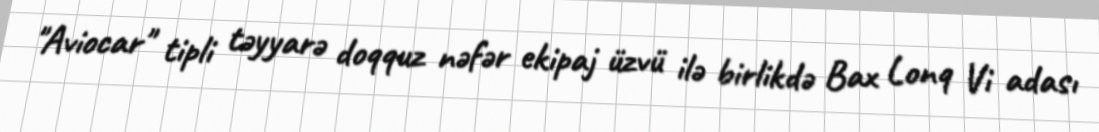
"Aviocar" tipli təyyarə doqquz nəfər ekipaj üzvü ilə birlikdə Bax Lonq Vi adası